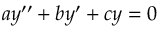
a y ^ { \prime \prime } + b y ^ { \prime } + c y = 0